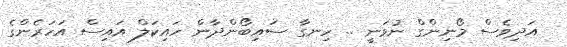
އަދިވެސް މޯނިންގް ނުވަނީ .. ހިނގާ ސައިބޯންދާން ހައިކަލް އައިސް އަހަރެންގެ